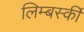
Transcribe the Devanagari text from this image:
लिम्बर्स्की